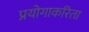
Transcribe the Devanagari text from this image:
प्रयोगाकरिता